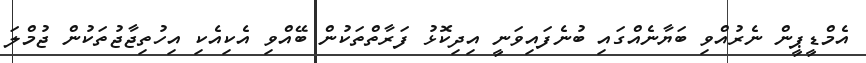
އެމްޑީޕީން ނެރުއްވި ބަޔާނެއްގައި ބުނެފައިވަނީ އިދިކޮޅު ފަރާތްތަކުން ބޭއްވި އެކިއެކި އިހުތިޖާޖުތަކުން ޖުމްލަ